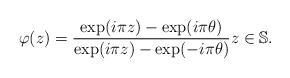
LaTeX: \begin{align*}\varphi(z)=\frac{\exp(i\pi z)-\exp(i\pi\theta)}{\exp(i\pi z)-\exp(-i\pi\theta)} z\in \mathbb S.\end{align*}